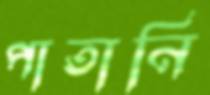
পাতানি